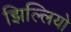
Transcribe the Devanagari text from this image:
झिल्लियो